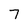
Character: 7